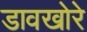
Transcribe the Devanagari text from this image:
डावखोरे